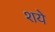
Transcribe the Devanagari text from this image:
शये